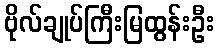
ဗိုလ်ချုပ်ကြီးမြထွန်းဦး